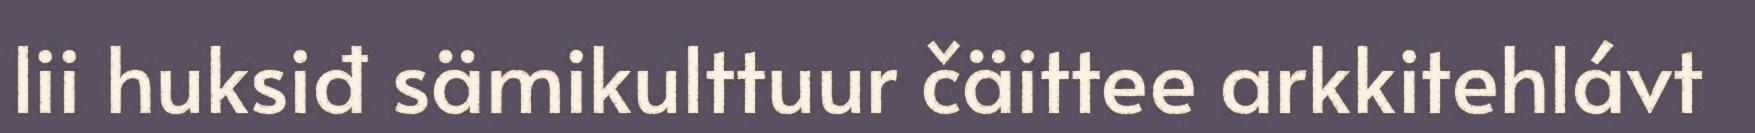
lii huksiđ sämikulttuur čäittee arkkitehlávt